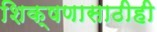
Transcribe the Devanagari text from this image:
शिक्षणासाठीही